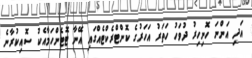
އަދި އަންނަ ހޮނިހިރު ދުވަހު ހަތަރު އަހަރުގެ ކޮންޓްރެކްޓެއްގައި އޭނާ ޓޮޓެންހަމާއެކު ސޮއިކުރާނެ